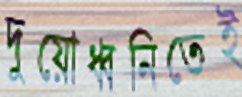
দুয়োধ্বনিতেই